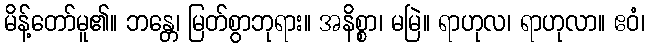
မိန့်တော်မူ၏။ ဘန္တေ၊ မြတ်စွာဘုရား။ အနိစ္စာ၊ မမြဲ။ ရာဟုလ၊ ရာဟုလာ။ ဧဝံ၊